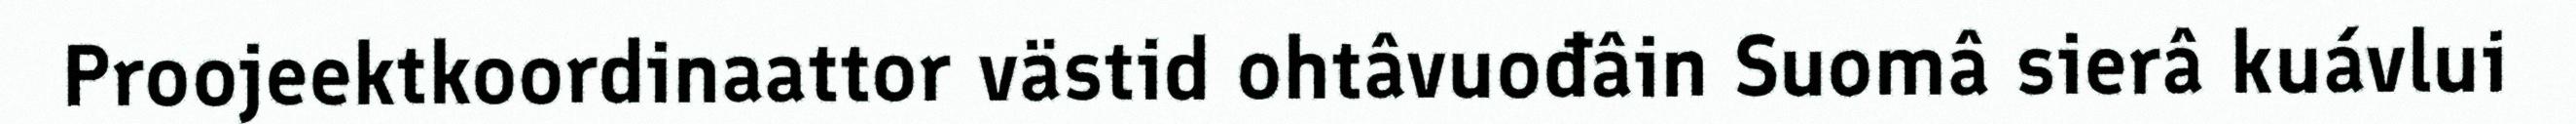
Proojeektkoordinaattor västid ohtâvuođâin Suomâ sierâ kuávlui